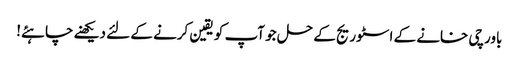
باورچی خانے کے اسٹوریج کے حل جو آپ کو یقین کرنے کے لئے دیکھنے چاہئے!